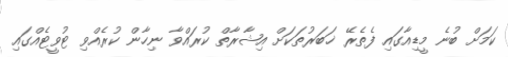
ކަމަށް ބުނެ މީޑިއާގައި ފެތެރޭ ޚަބަރުތަކަށް އިޝާރާތް ކުރައްވާ ނިހާން ކުރެއްވި ޓުވީޓެއްގައި